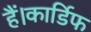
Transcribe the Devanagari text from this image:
हैं।कार्डिफ